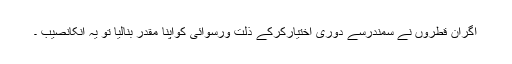
اگران قطروں نے سمندرسے دوری اختیارکرکے ذلت ورسوائی کواپنا مقدر بنالیا تو یہ انکانصیب ۔